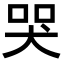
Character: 哭